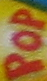
POP